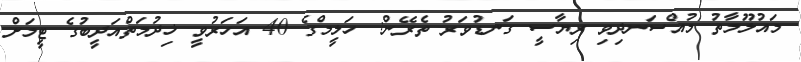
މައުލޫމާތު މުއްސަނދިވި ރިޔާސީ ގަނޑުވަރު ތެރޭން: ހަލީމްގެ 40 އަހަރުވީ ޚިދުމަތްއަދީބުގެ ޓީމަށް